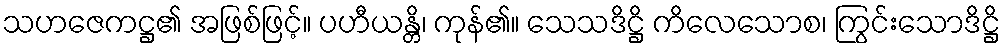
သဟဇေကဋ္ဌ၏ အဖြစ်ဖြင့်။ ပဟီယန္တိ၊ ကုန်၏။ သေသဒိဋ္ဌိ ကိလေသောစ၊ ကြွင်းသောဒိဋ္ဌိ